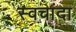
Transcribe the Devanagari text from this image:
स्वचांदा